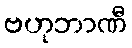
ဗဟုဘာဏီ